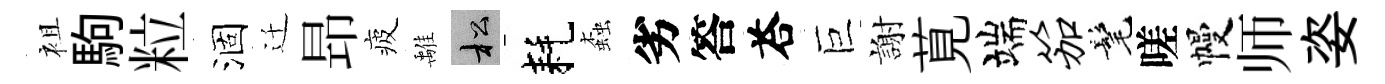
袓駒粒涸迁昻疲𩀌松耗螙劣答荅巨謝莧端笳髦嗟幔师姿